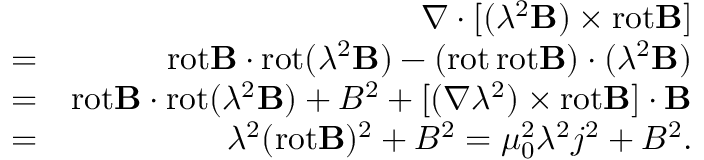
\begin{array} { r l r } & { } & { \nabla \cdot [ ( \lambda ^ { 2 } { \bf B } ) \times \mathrm { r o t } { \bf B } ] } \\ & { = } & { \mathrm { r o t } { \bf B } \cdot \mathrm { r o t } ( \lambda ^ { 2 } { \bf B } ) - ( \mathrm { r o t } \, \mathrm { r o t } { \bf B } ) \cdot ( \lambda ^ { 2 } { \bf B } ) } \\ & { = } & { \mathrm { r o t } { \bf B } \cdot \mathrm { r o t } ( \lambda ^ { 2 } { \bf B } ) + B ^ { 2 } + [ ( \nabla \lambda ^ { 2 } ) \times \mathrm { r o t } { \bf B } ] \cdot { \bf B } } \\ & { = } & { \lambda ^ { 2 } ( \mathrm { r o t } { \bf B } ) ^ { 2 } + B ^ { 2 } = \mu _ { 0 } ^ { 2 } \lambda ^ { 2 } j ^ { 2 } + B ^ { 2 } . } \end{array}